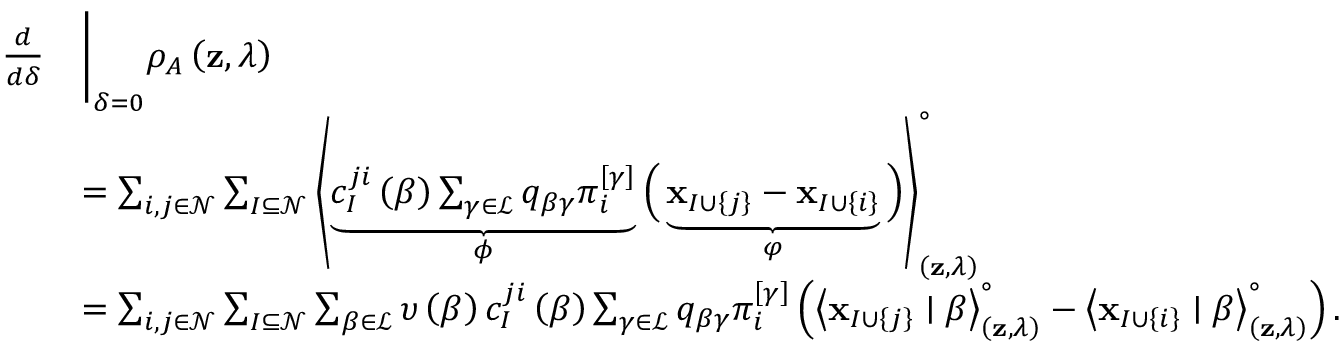
\begin{array} { r l } { \frac { d } { d \delta } } & { \Bigg \vert _ { \delta = 0 } \rho _ { A } \left( \mathbf { z } , \lambda \right) } \\ & { = \sum _ { i , j \in \mathcal { N } } \sum _ { I \subseteq \mathcal { N } } \left< \underbrace { c _ { I } ^ { j i } \left( \beta \right) \textstyle \sum _ { \gamma \in \mathcal { L } } q _ { \beta \gamma } \pi _ { i } ^ { \left[ \gamma \right] } } _ { \phi } \Big ( \underbrace { \mathbf { x } _ { I \cup \left\{ j \right\} } - \mathbf { x } _ { I \cup \left\{ i \right\} } } _ { \varphi } \Big ) \right> _ { \left( \mathbf { z } , \lambda \right) } ^ { \circ } } \\ & { = \sum _ { i , j \in \mathcal { N } } \sum _ { I \subseteq \mathcal { N } } \sum _ { \beta \in \mathcal { L } } \upsilon \left( \beta \right) c _ { I } ^ { j i } \left( \beta \right) \sum _ { \gamma \in \mathcal { L } } q _ { \beta \gamma } \pi _ { i } ^ { \left[ \gamma \right] } \left( \left< \mathbf { x } _ { I \cup \left\{ j \right\} } \mid \beta \right> _ { \left( \mathbf { z } , \lambda \right) } ^ { \circ } - \left< \mathbf { x } _ { I \cup \left\{ i \right\} } \mid \beta \right> _ { \left( \mathbf { z } , \lambda \right) } ^ { \circ } \right) . } \end{array}